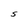
Character: S